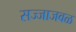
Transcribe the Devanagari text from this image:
सज्जाजवळ